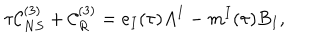
LaTeX: \tau { \cal C } _ { N S } ^ { ( 3 ) } + { \cal C } _ { R } ^ { ( 3 ) } = e _ { I } ( \tau ) A ^ { I } - m ^ { I } ( \tau ) B _ { I } ,